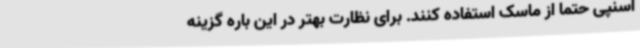
اسنپی حتما از ماسک استفاده کنند. برای نظارت بهتر در این باره گزینه